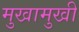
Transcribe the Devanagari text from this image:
मुखामुखी